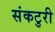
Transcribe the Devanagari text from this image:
संकटुरी